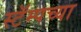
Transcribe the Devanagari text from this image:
स्टॅम्पच्या